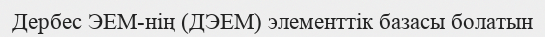
Дербес ЭЕМ-нің (ДЭЕМ) элементтік базасы болатын